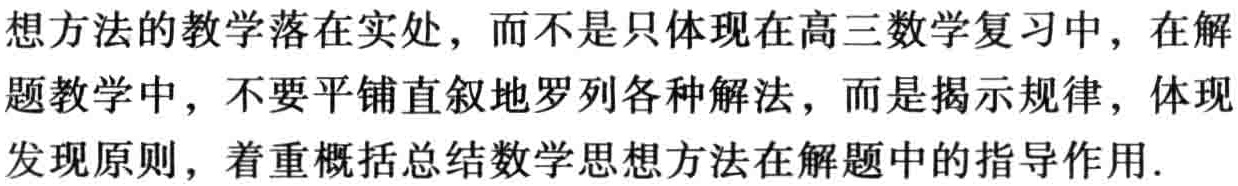
想方法的教学落在实处，而不是只体现在高三数学复习中，在解

题教学中，不要平铺直叙地罗列各种解法，而是揭示规律，体现

发现原则，着重概括总结数学思想方法在解题中的指导作用.